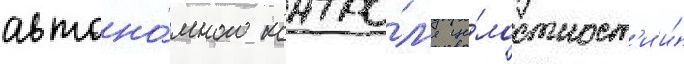
автоно́много контро́л'я це́лостност'и и́